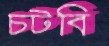
চটবি